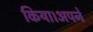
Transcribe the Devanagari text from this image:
किया।अपने